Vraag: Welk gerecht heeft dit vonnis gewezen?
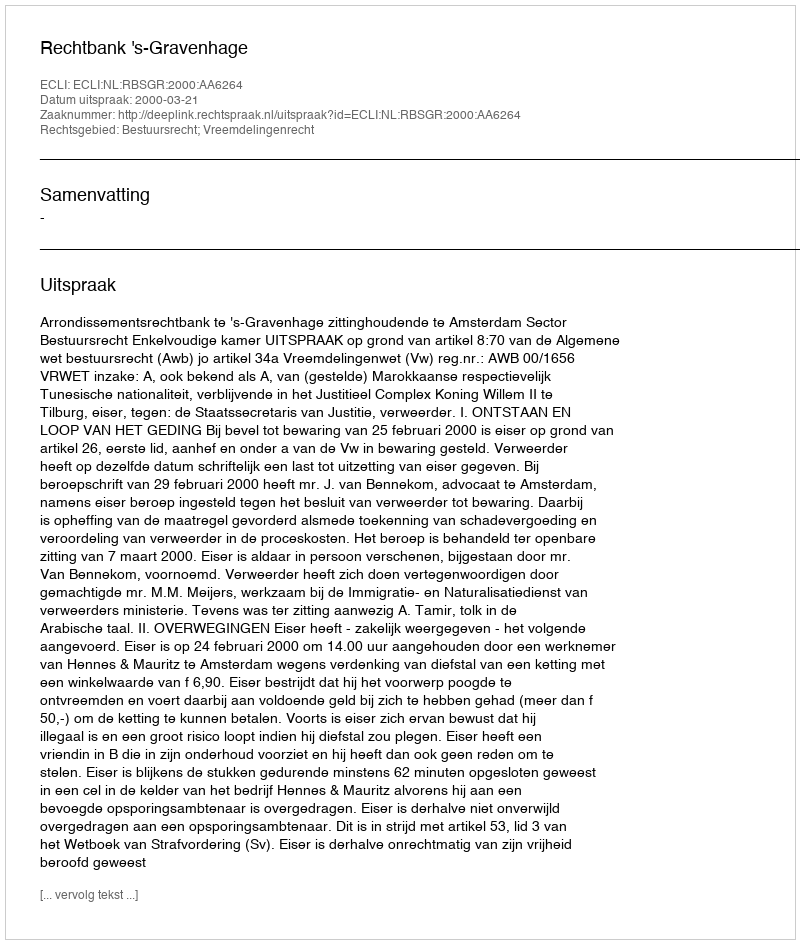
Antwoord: Rechtbank 's-Gravenhage